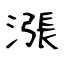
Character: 漲